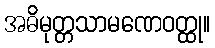
အဓိမုတ္တသာမဏေဝတ္ထု။